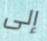
إلى